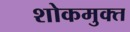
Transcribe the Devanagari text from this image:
शोकमुक्त